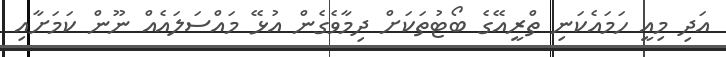
އަދި މިއީ ހަމައެކަނި ތްރީއޭގެ ބޯޓުތަކަށް ދިމާވެގެން އުޅޭ މައްސަލައެއް ނޫން ކަމަށާއި